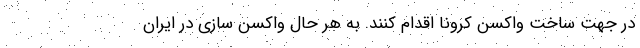
در جهت ساخت واکسن کرونا اقدام کنند. به هر حال واکسن سازی در ایران